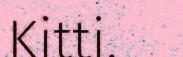
Kitti.